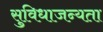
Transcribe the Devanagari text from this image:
सुविधाजन्यता